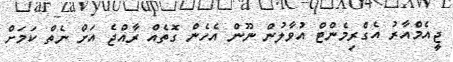
ޖީއެމްއާރު އެގްރިމެންޓް އުވާލުން ނޫން އެހެން ގޮތެއް ރާއްޖެ އަށް ނެތް ކަމަށް